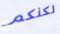
لكنكم